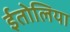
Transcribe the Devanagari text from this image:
ईतोलिया